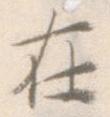
在